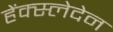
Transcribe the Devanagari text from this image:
हेंक्स्लेदेन